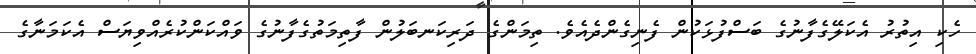
ހެކި އިތުރު އެކަލޭގެފާނުގެ ބަސްފުޅަކުން ފެނިގެންދެއެވެ. ތިމަންގެ ދަރިކަނބަލުން ފާތިމަތުގެފާނުގެ ވައްކަންކުރެއްވިޔަސް އެކަމަނާގެ